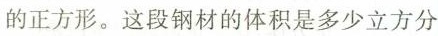
的正方形。这段钢材的体积是多少立方分